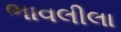
ભાવલીલા